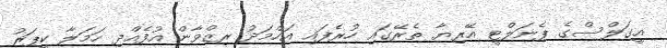
އީގަލްސްގެ ޕެނަލްޓީ އޭރިޔާ ތެރޭގައި ހުރެފައި އަހްމަދު ރިޒްވާން އުފެއްދި ހަމަލާ ކީޕަރު